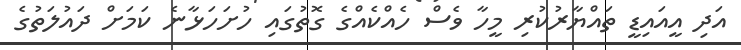
އަދި އީއައިޑީ ތައްޔާރުކުރި މީހާ ވެސް ހެއްކެއްގެ ގޮތުގައި ހުށަހަޅާނެ ކަމަށް ދައުލަތުގެ